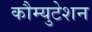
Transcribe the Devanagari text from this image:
कौम्युटेशन